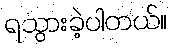
ရသွားခဲ့ပါတယ်။